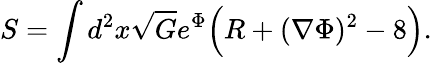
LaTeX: S=\int d^{2}x\sqrt{G}e^{\Phi}\Bigl(R+(\nabla\Phi)^{2}-8\Bigr).